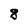
Character: 8